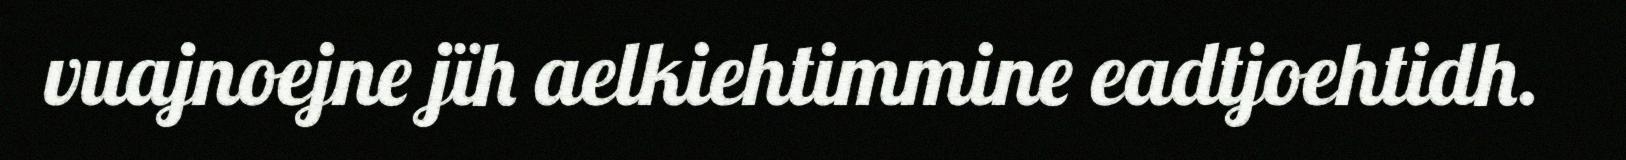
vuajnoejne jïh aelkiehtimmine eadtjoehtidh.